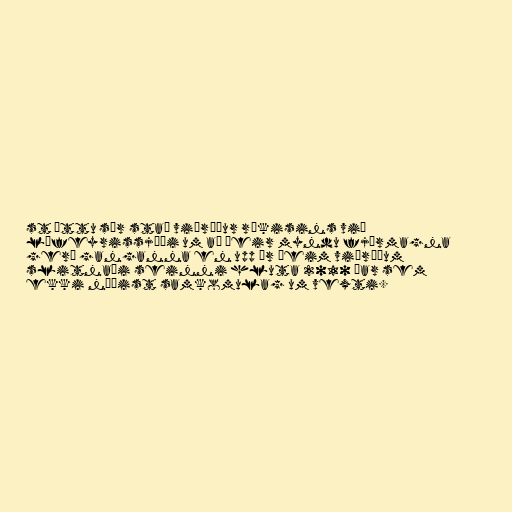
st áttu sér stað viðræður ríkisins við
lífeyrissjóði um að þeir myndu fjármagna
gerð ganganna en upp úr þeim viðræðum
slitnaði seinni hluta 2010 þar sem
ekki náðist samkomulag um vexti.